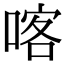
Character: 喀